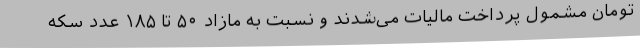
تومان مشمول پرداخت مالیات می‌شدند و نسبت به مازاد ۵۰ تا ۱۸۵ عدد سکه